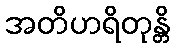
အတိဟရိတုန္တိ